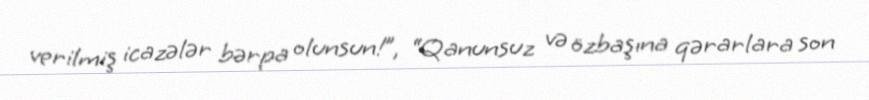
verilmiş icazələr bərpa olunsun!”, “Qanunsuz və özbaşına qərarlara son